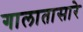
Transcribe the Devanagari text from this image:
गालातासारे